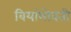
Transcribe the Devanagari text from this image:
बियांभोवती